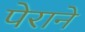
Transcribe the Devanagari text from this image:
पेराने